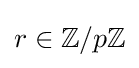
\textstyle r\in \mathbb {Z} /p\mathbb {Z}